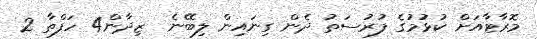
މޮރާޓާއަށް ކުޅުމުގެ ފުރުސަތު ދެން ގިނައިން ލިބޭނެ  ޒިދާން4 ހަފްތާ 2